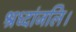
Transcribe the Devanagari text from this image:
श्रध्दांजलि।